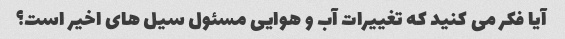
آیا فکر می کنید که تغییرات آب و هوایی مسئول سیل های اخیر است؟